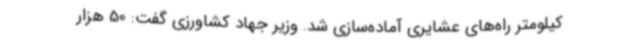
کیلومتر راه‌های عشایری آماده‌سازی شد. وزیر جهاد کشاورزی گفت: 50 هزار